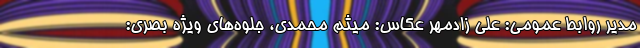
مدیر روابط عمومی: علی زادمهر عکاس: میثم محمدی، جلوه‌های ویژه بصری: